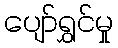
ပျော်ရွှင်မှု